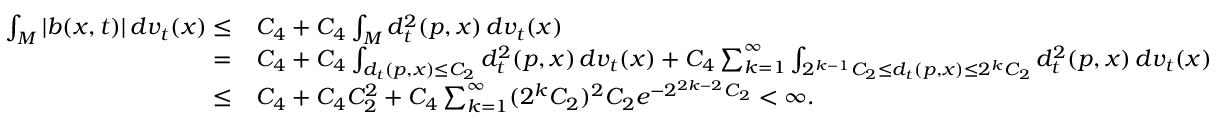
\begin{array} { r l } { \int _ { M } | b ( x , t ) | \, d v _ { t } ( x ) \le } & { C _ { 4 } + C _ { 4 } \int _ { M } d _ { t } ^ { 2 } ( p , x ) \, d v _ { t } ( x ) } \\ { = } & { C _ { 4 } + C _ { 4 } \int _ { d _ { t } ( p , x ) \le C _ { 2 } } d _ { t } ^ { 2 } ( p , x ) \, d v _ { t } ( x ) + C _ { 4 } \sum _ { k = 1 } ^ { \infty } \int _ { 2 ^ { k - 1 } C _ { 2 } \le d _ { t } ( p , x ) \le 2 ^ { k } C _ { 2 } } d _ { t } ^ { 2 } ( p , x ) \, d v _ { t } ( x ) } \\ { \le } & { C _ { 4 } + C _ { 4 } C _ { 2 } ^ { 2 } + C _ { 4 } \sum _ { k = 1 } ^ { \infty } ( 2 ^ { k } C _ { 2 } ) ^ { 2 } C _ { 2 } e ^ { - 2 ^ { 2 k - 2 } C _ { 2 } } < \infty . } \end{array}